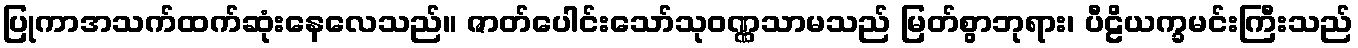
ပြုကာအသက်ထက်ဆုံးနေလေသည်။ ဇာတ်ပေါင်းသော်သုဝဏ္ဏသာမသည် မြတ်စွာဘုရား၊ ပီဠိယက္ခမင်းကြီးသည်